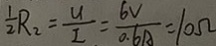
\frac { 1 } { 2 } R _ { 2 } = \frac { u } { I } = \frac { 6 V } { 0 . 6 A } = 1 0 \Omega